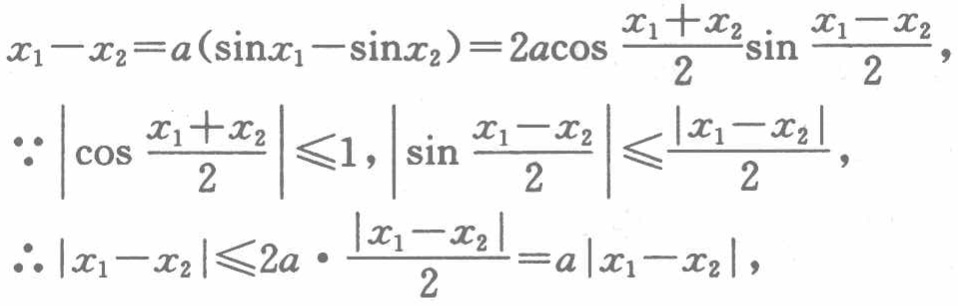
\[
\begin{align*}
x_{1}-x_{2}&=a(\sin x_{1}-\sin x_{2}) = 2a\cos\frac{x_{1}+x_{2}}{2}\sin\frac{x_{1}-x_{2}}{2},\\
\because\left|\cos\frac{x_{1}+x_{2}}{2}\right|&\leqslant1,\left|\sin\frac{x_{1}-x_{2}}{2}\right|\leqslant\frac{\left|x_{1}-x_{2}\right|}{2},\\
\therefore\left|x_{1}-x_{2}\right|&\leqslant2a\cdot\frac{\left|x_{1}-x_{2}\right|}{2}=a\left|x_{1}-x_{2}\right|,
\end{align*}
\]